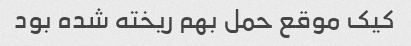
کیک موقع حمل بهم ریخته شده بود